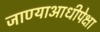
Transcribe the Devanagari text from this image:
जाण्याआधीपेक्षा